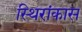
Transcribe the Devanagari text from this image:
स्थिरांकास